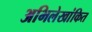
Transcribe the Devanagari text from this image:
अभिलेखांकित